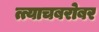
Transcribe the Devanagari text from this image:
त्त्याचबरोबर